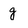
Character: g